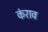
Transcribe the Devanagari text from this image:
कंराव